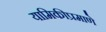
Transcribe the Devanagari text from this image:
यामिकीप्रमाणे